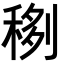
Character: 𥟻